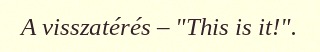
A visszatérés – "This is it!".